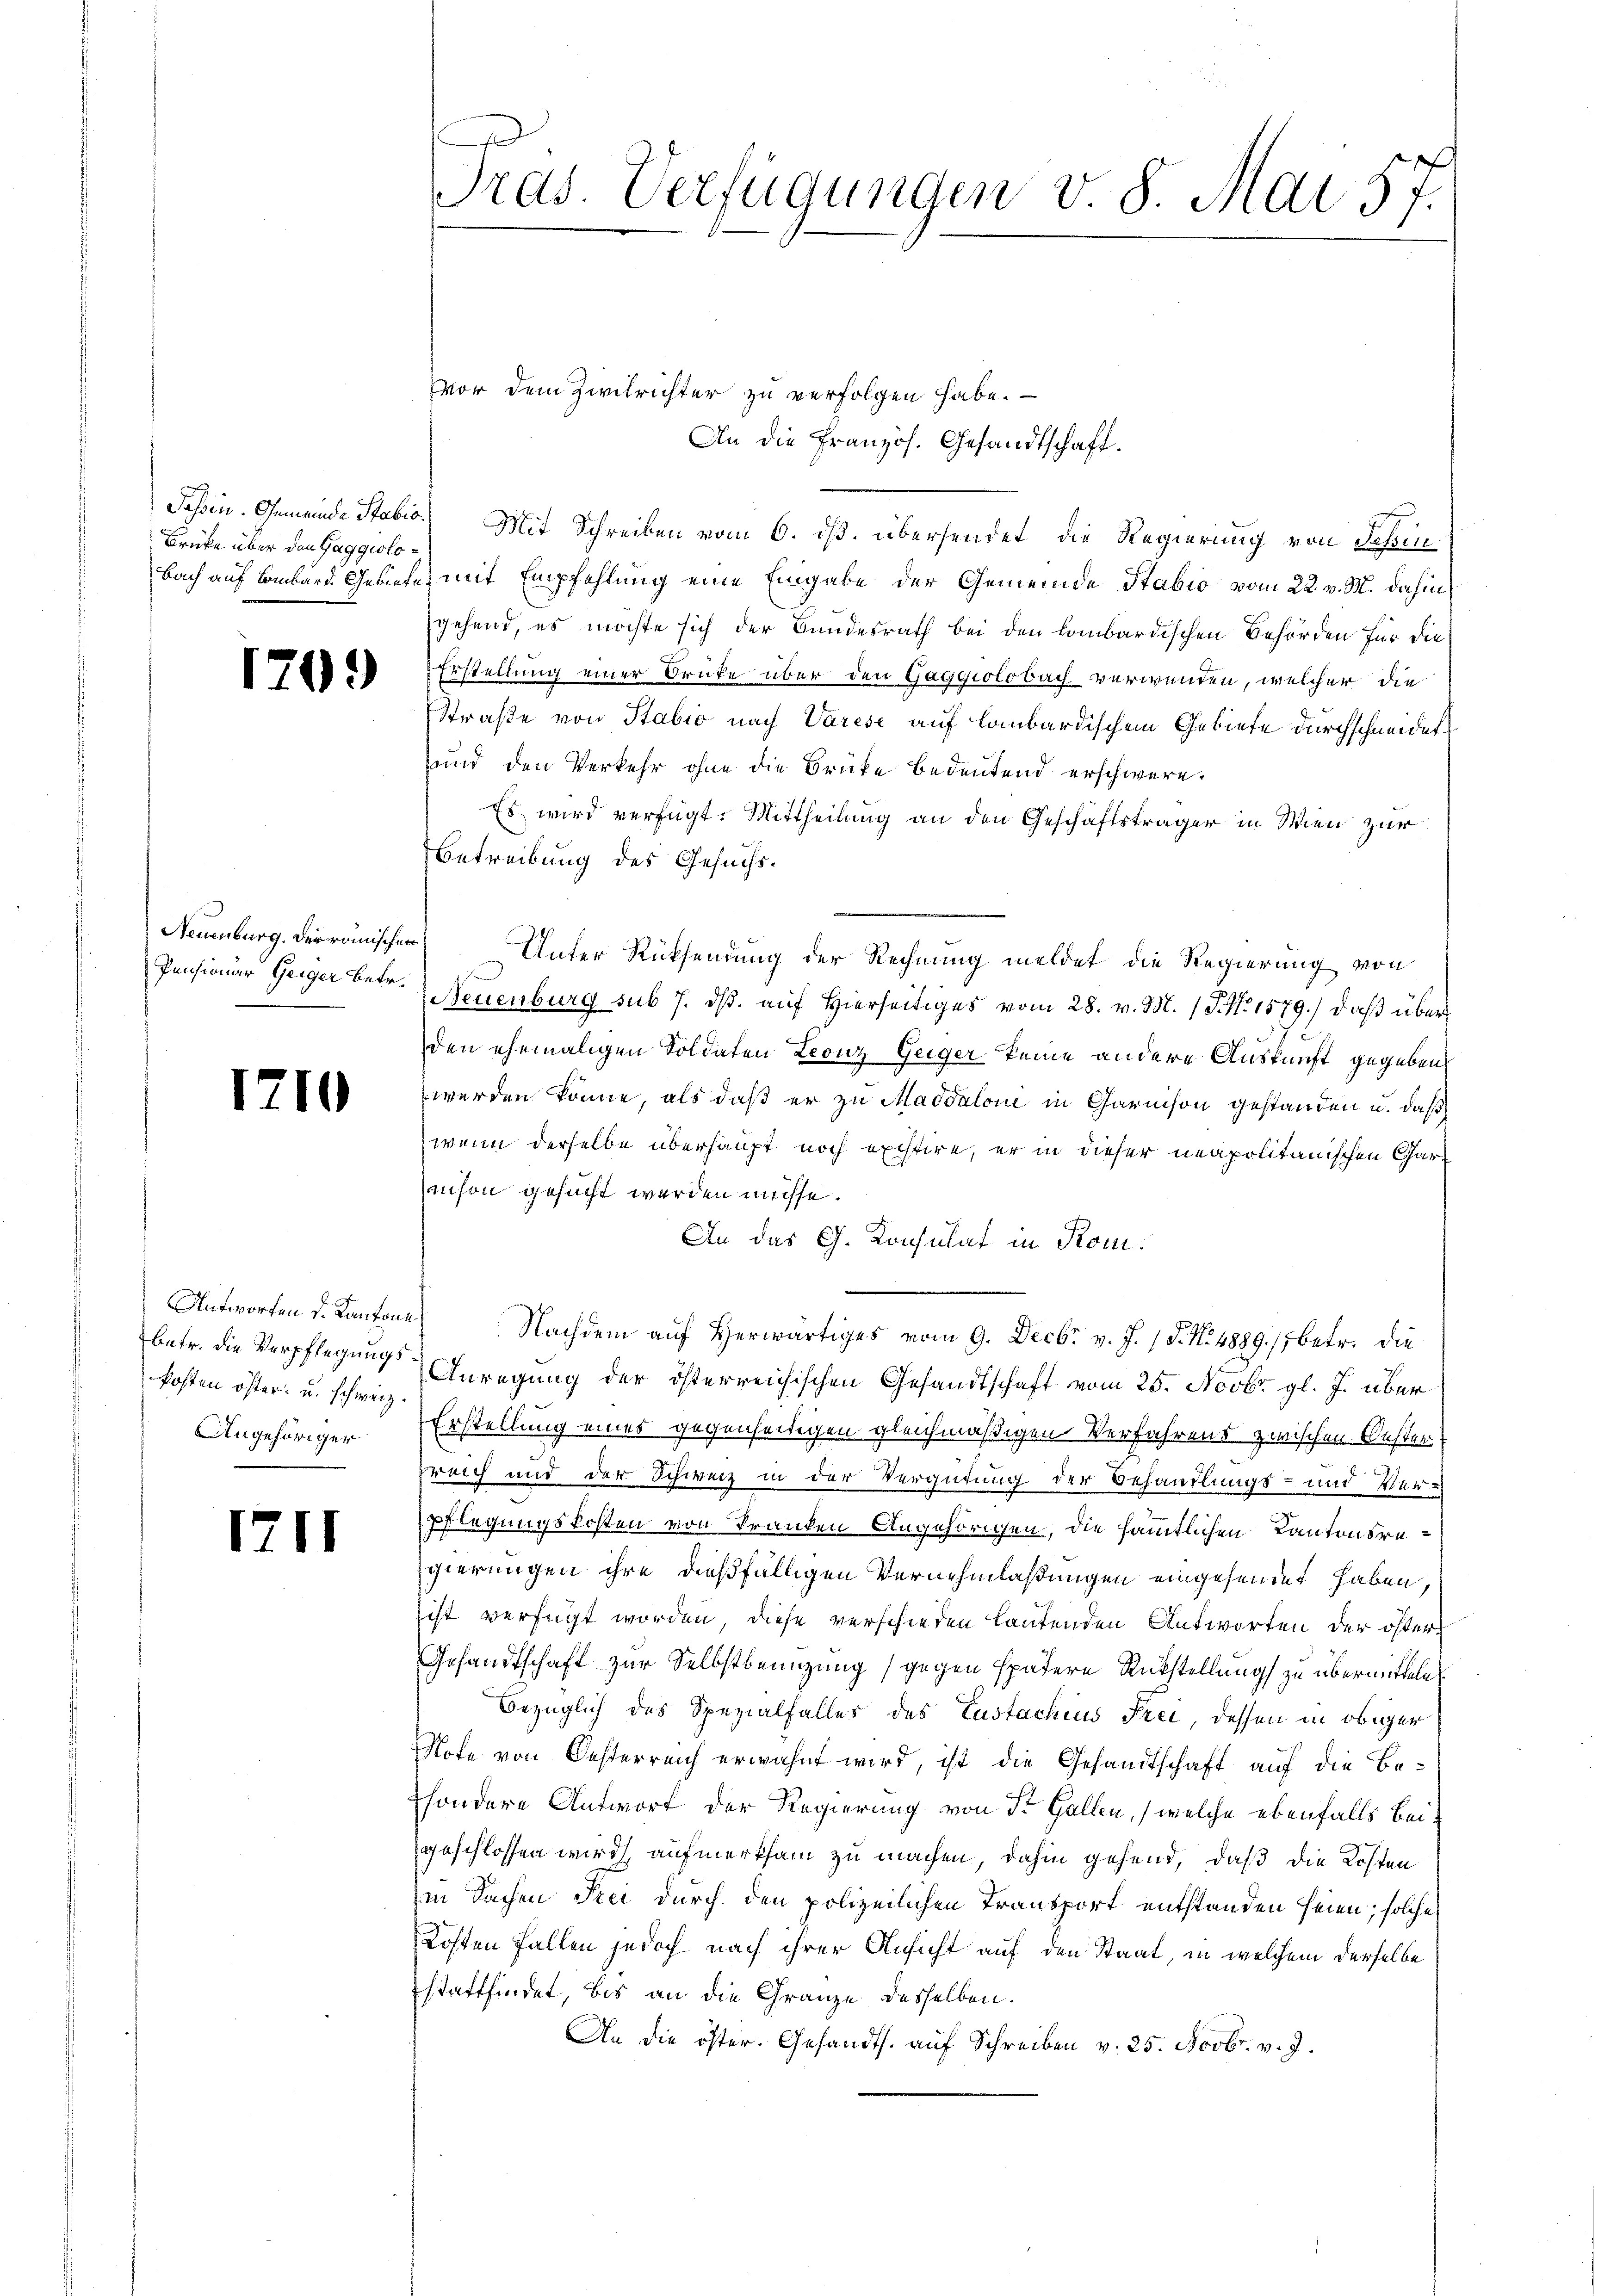
Brüke über den Gaggeolo¬

1709

Neuenburg. Der römischen
Pensionar Geiger betr.

1710

betr. die Verpflegungskosten öster- u. schweiz.
Angehöriger

1711

Pras. Verfügungen v. 8. Mai 57.

Jaßin. Gemeinde Stabis.) Mit Schreiben vom 6. ds. übersendet, die Regierung von Schin
Bach auf Bombard Gebiete mit Empfehlung eine Eingabe der Gemeinde Stabio vom 22. v. M. dahin
gehend, es möchte sich der Bundesrath bei den kombardischen Behörden für die
Erstellung einer Brücke über den Gaggiolobach verwenden, welcher die
Straße von Stabio nach Varese auf lombardischem Gebiete durchschneidet
und den Verkehr ohne die Brücke bedeutend erschwere.
Es wird verfügt: Mittheilung an den Geschäftsträger in Wien zur
Betreibung des Gesuchs¬
Unter Rücksendung der Rechnung meldet die Regierung von
Neuenburg sub 7. dß. auf Hierseitiges vom 28. v. M. 1 S. No 1579.) Daß überden ehemaligen Soldaten Leonz Geiger keine andere Auskunft gegeben
werden könne, als daß er zu Maddaloni in Garnison gestanden u. daß
wenn derselbe überhaupt noch existire, er in dieser neapolitanischen Garanson gesucht werden müsse.
An das G. Konsulat in Kom¬
Antworten d. Kantone Nachdem auf Herwärtiges vom 9. Decbr v. J. / 5. No. 4889/, betr. die
Anregung der österreichischen Gesandtschaft vom 25. Novbr. gl. J. über
Erstellung eines gegenseitigen gleichmäßigen Verfahrens zwischen Bester.
sreich und der Schweiz in der Vergütung der Behandlungs- und Verpflegungskosten von Tranken Angehörigen, die sämmtlichen Kantonsregierungen ihre dießfälligen Vernehmlaßungen eingesendet haben,
ist verfügt worden, diese verschieden lautenden Antworten der öster
Gesandtschaft zur Selbstbenügung (gegen spätere Rückstellung zu übermitteln
bezüglich des Spezialfaller des Zustachius Frei, dessen in obiger
Note von Oesterreich erwähnt wird, ist die Gesandtschaft auf die Besondere Antwort der Regierung von St. Gallen, (welche ebenfalls bei:
geschlossen wird, aufmerksam zu machen, dahin gehend, daß die Kosten
m Sachen Frei durch den polizeilichen Transport entstanden seien; solche
Kosten Fallen jedoch nach ihrer Ansicht auf den Staat, in welchem derselbe
stattfindet, bis an die Gränze desselben.
An die öster. Gesandts. auf Schreiben v. 25. Novbr. v. J.

Vor dem Zivilrichter zu verfolgen habe.

An die französ. Gesandtschaft.